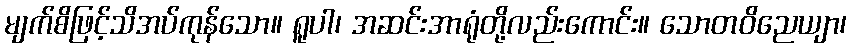
မျက်စိဖြင့်သိအပ်ကုန်သော။ ရူပါ၊ အဆင်းအာရုံတို့လည်းကောင်း။ သောတဝိညေယျာ၊